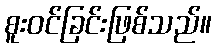
စူးဝင်ခြင်းဖြစ်သည်။